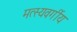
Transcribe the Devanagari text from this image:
मत्स्यवर्गीय